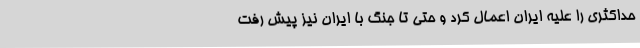
حداکثری را علیه ایران اعمال کرد و حتی تا جنگ با ایران نیز پیش رفت